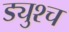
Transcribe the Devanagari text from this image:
ड्युश्च